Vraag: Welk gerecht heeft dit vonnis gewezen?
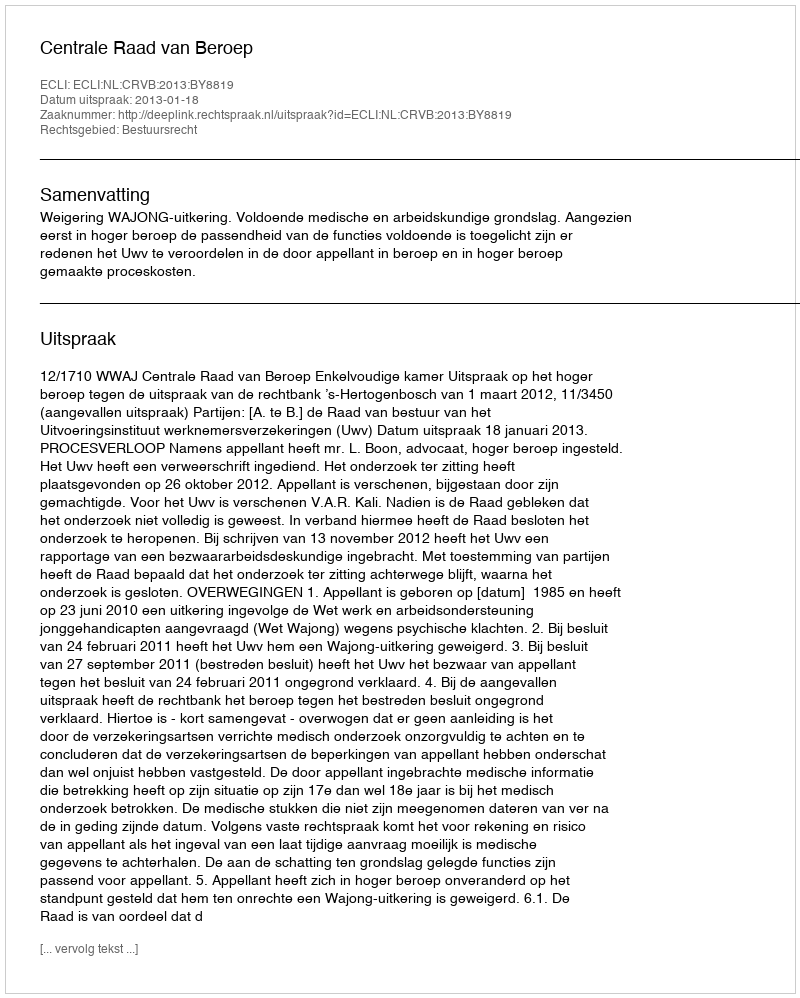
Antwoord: Centrale Raad van Beroep